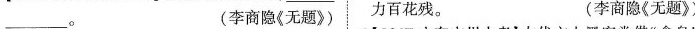
___。 (李商隐《无题》) 力百花残。 (李商隐《无题》)